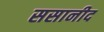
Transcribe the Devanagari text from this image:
ससानीद